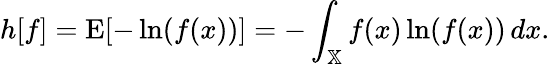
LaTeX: h[f]=\operatorname{E}[-\ln(f(x))]=-\int_{\mathbb{X}}f(x)\ln(f(x))\, dx.